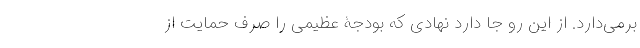
برمی‌دارد. از این رو جا دارد نهادی که بودجۀ عظیمی را صرف حمایت از